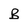
Character: B